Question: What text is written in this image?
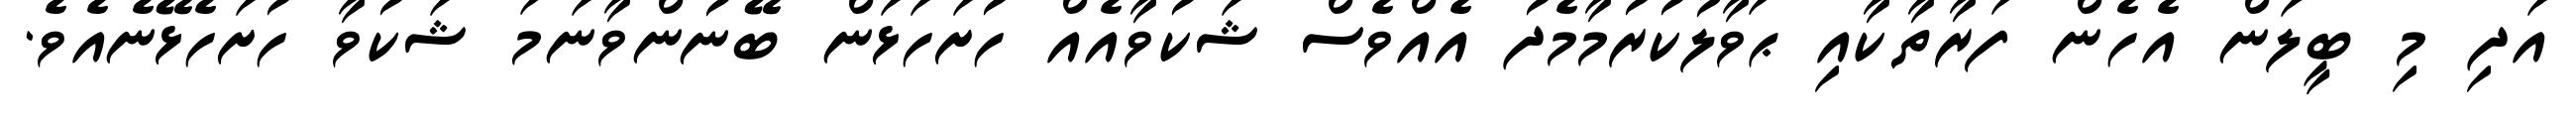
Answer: އަދި މި ބީލަން އެހެން ފަރާތާކާއި ޙަވާލުކުރުމާމެދު އެއްވެސް ޝަކުވާއެއް ހުށަހަޅަން ބޭނުންވާނަމަ ޝަކުވާ ހުށަހެޅޭނެއެވެ.